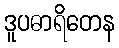
ဒူပဓာရိတေန